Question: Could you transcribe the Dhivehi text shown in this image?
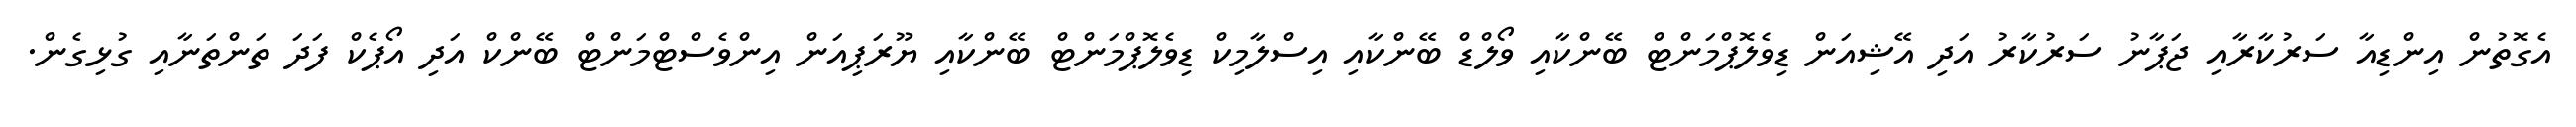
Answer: އެގޮތުން އިންޑިއާ ސަރުކާރާއި ޖަޕާނު ސަރުކާރު އަދި އޭޝިއަން ޑިވެލޮޕްމަންޓް ބޭންކާއި ވޯލްޑް ބޭންކާއި އިސްލާމިކް ޑިވެލޮޕްމަންޓް ބޭންކާއި ޔޫރަޕިއަން އިންވެސްޓްމަންޓް ބޭންކް އަދި އޯޕެކް ފަދަ ތަންތަނާއި ގުޅިގެން.